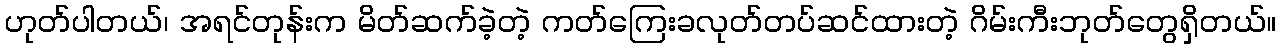
ဟုတ်ပါတယ်၊ အရင်တုန်းက မိတ်ဆက်ခဲ့တဲ့ ကတ်ကြေးခလုတ်တပ်ဆင်ထားတဲ့ ဂိမ်းကီးဘုတ်တွေရှိတယ်။